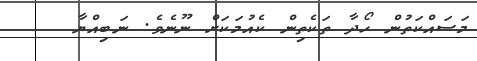
މަސައްކަތުން ހޯދާ ތަކެތިން ކެއުމަކަށް ނޫނެވެ. ނަބިއްޔާ